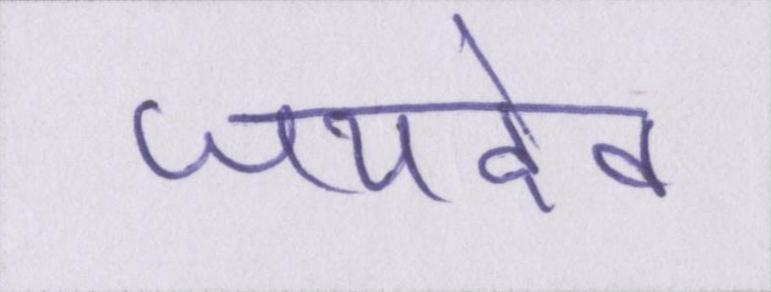
जयदेव